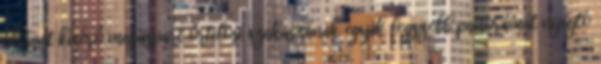
Drávát kísérő magaspart őrtilosi szakaszának egyik legszebb panorámát nyújtó